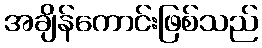
အချိန်ကောင်းဖြစ်သည်